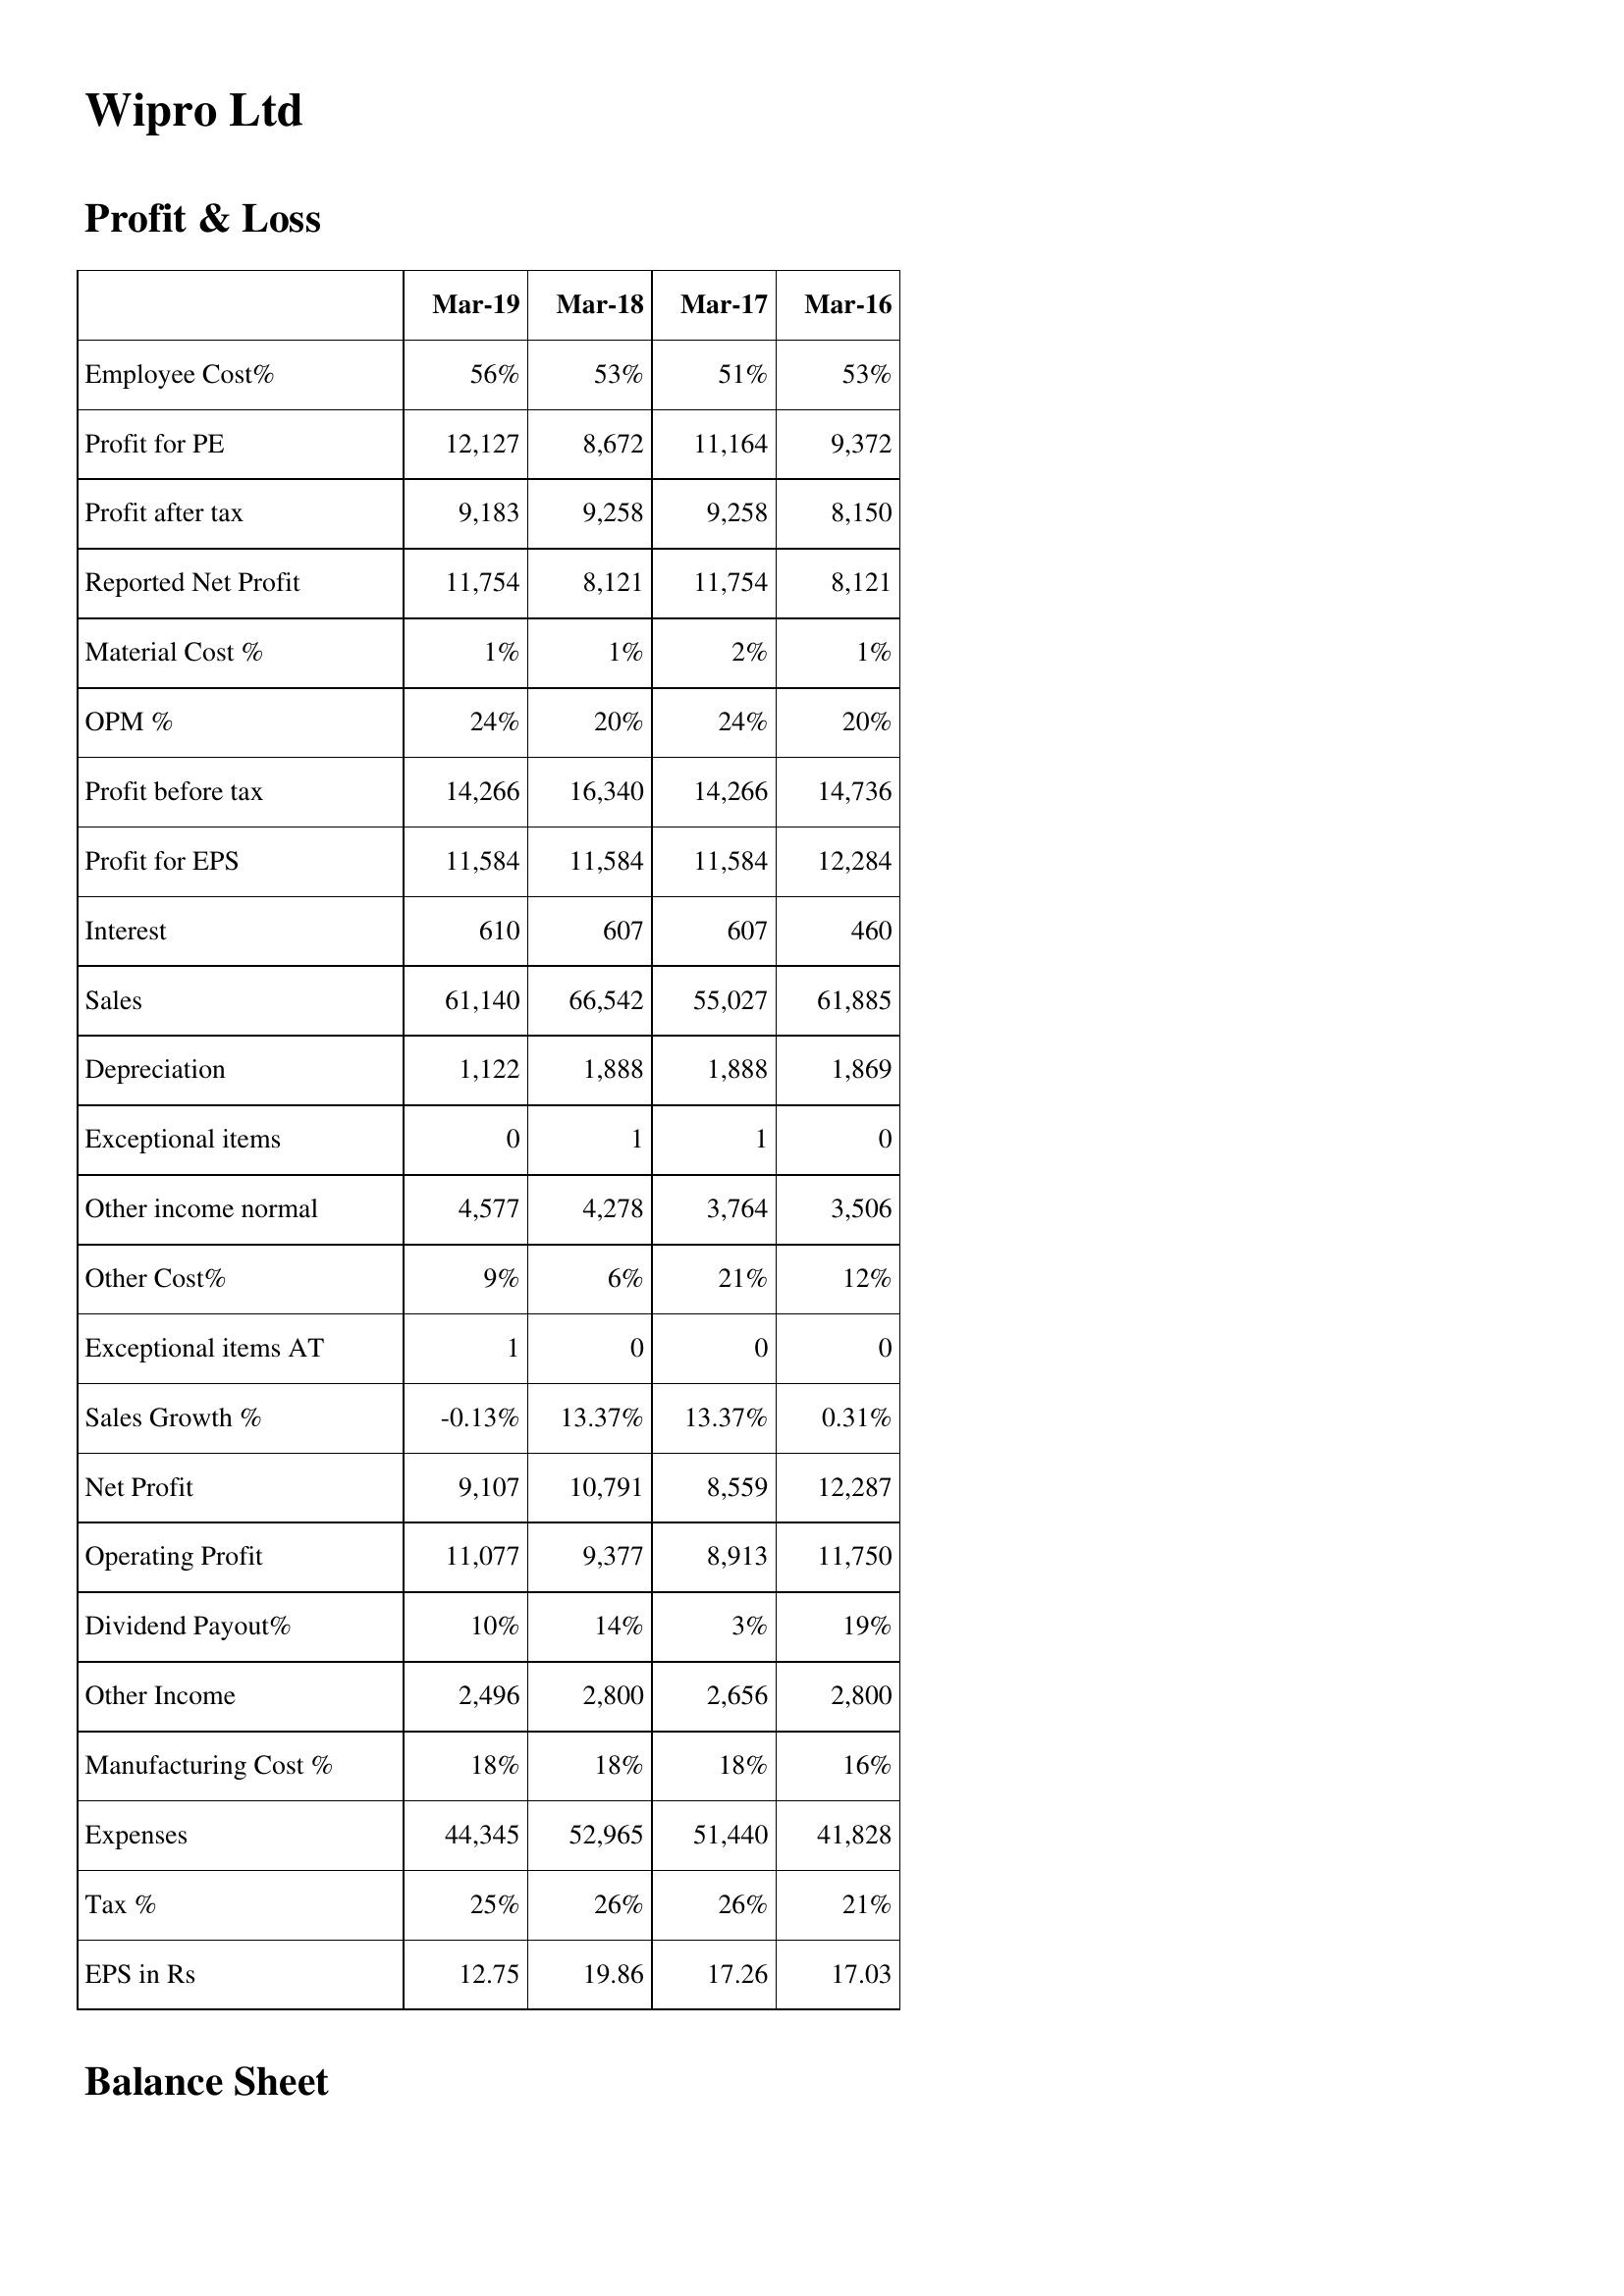
Mar-19: Profit & Loss: Employee Cost%: 56%
Profit for PE: 12,127
Profit after tax: 9,183
Reported Net Profit: 11,754
Material Cost %: 1%
OPM %: 24%
Profit before tax: 14,266
Profit for EPS: 11,584
Interest: 610
Sales: 61,140
Depreciation: 1,122
Exceptional items: 0
Other income normal: 4,577
Other Cost%: 9%
Exceptional items AT: 1
Sales Growth %: -0.13%
Net Profit: 9,107
Operating Profit: 11,077
Dividend Payout%: 10%
Other Income: 2,496
Manufacturing Cost %: 18%
Expenses: 44,345
Tax %: 25%
EPS in Rs: 12.75
Mar-18: Profit & Loss: Employee Cost%: 53%
Profit for PE: 8,672
Profit after tax: 9,258
Reported Net Profit: 8,121
Material Cost %: 1%
OPM %: 20%
Profit before tax: 16,340
Profit for EPS: 11,584
Interest: 607
Sales: 66,542
Depreciation: 1,888
Exceptional items: 1
Other income normal: 4,278
Other Cost%: 6%
Exceptional items AT: 0
Sales Growth %: 13.37%
Net Profit: 10,791
Operating Profit: 9,377
Dividend Payout%: 14%
Other Income: 2,800
Manufacturing Cost %: 18%
Expenses: 52,965
Tax %: 26%
EPS in Rs: 19.86
Mar-17: Profit & Loss: Employee Cost%: 51%
Profit for PE: 11,164
Profit after tax: 9,258
Reported Net Profit: 11,754
Material Cost %: 2%
OPM %: 24%
Profit before tax: 14,266
Profit for EPS: 11,584
Interest: 607
Sales: 55,027
Depreciation: 1,888
Exceptional items: 1
Other income normal: 3,764
Other Cost%: 21%
Exceptional items AT: 0
Sales Growth %: 13.37%
Net Profit: 8,559
Operating Profit: 8,913
Dividend Payout%: 3%
Other Income: 2,656
Manufacturing Cost %: 18%
Expenses: 51,440
Tax %: 26%
EPS in Rs: 17.26
Mar-16: Profit & Loss: Employee Cost%: 53%
Profit for PE: 9,372
Profit after tax: 8,150
Reported Net Profit: 8,121
Material Cost %: 1%
OPM %: 20%
Profit before tax: 14,736
Profit for EPS: 12,284
Interest: 460
Sales: 61,885
Depreciation: 1,869
Exceptional items: 0
Other income normal: 3,506
Other Cost%: 12%
Exceptional items AT: 0
Sales Growth %: 0.31%
Net Profit: 12,287
Operating Profit: 11,750
Dividend Payout%: 19%
Other Income: 2,800
Manufacturing Cost %: 16%
Expenses: 41,828
Tax %: 21%
EPS in Rs: 17.03